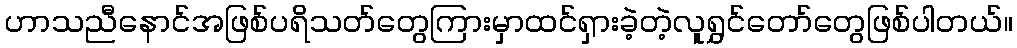
ဟာသညီနောင်အဖြစ်ပရိသတ်တွေကြားမှာထင်ရှားခဲ့တဲ့လူရွှင်တော်တွေဖြစ်ပါတယ်။